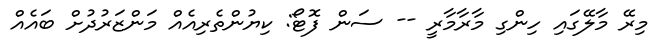
މިރޭ މާލޭގައި ހިންގި މާރާމާރީ -- ސަން ފޮޓޯ: ކިޔުންތެރިއެއް މަންޒަރުދުށް ބައެއް